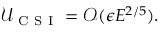
\mathcal { U } _ { \mathrm { ~ C ~ S ~ I ~ } } = \mathcal { O } ( \epsilon E ^ { 2 / 5 } ) .